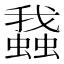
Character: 𧒎